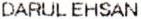
DARUL EHSAN